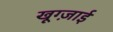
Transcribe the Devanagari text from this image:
खूग्ज़ाई